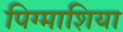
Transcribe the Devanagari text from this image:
पिग्माशिया